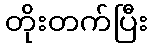
တိုးတက်ပြီး